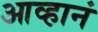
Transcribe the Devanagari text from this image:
आव्हानं